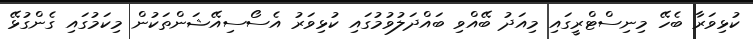
ކުޅިވަރާ ބެހޭ މިނިސްޓްރީގައި މިއަދު ބޭއްވި ބައްދަލުވުމުގައި ކުޅިވަރު އެސޯސިއޭޝަންތަކުން މިކަމުގައި ގެންގުޅޭ